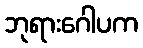
ဘုရားဂေါပက